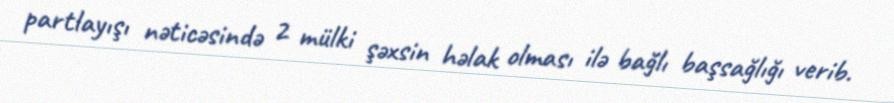
partlayışı nəticəsində 2 mülki şəxsin həlak olması ilə bağlı başsağlığı verib.